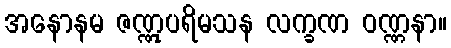
အနောနမ ဇဏ္ဏုပရိမသန လက္ခဏ ဝဏ္ဏနာ။